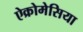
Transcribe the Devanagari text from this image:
ऐक्रोमेसिया